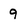
Character: 9